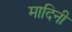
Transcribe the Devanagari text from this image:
मादिनी